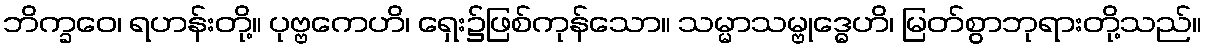
ဘိက္ခဝေ၊ ရဟန်းတို့။ ပုဗ္ဗကေဟိ၊ ရှေး၌ဖြစ်ကုန်သော။ သမ္မာသမ္ဗုဒ္ဓေဟိ၊ မြတ်စွာဘုရားတို့သည်။